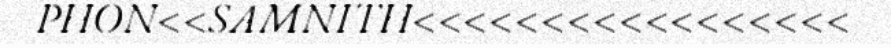
PHON<<SAMNITH<<<<<<<<<<<<<<<<<